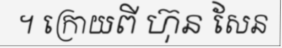
។ ក្រោយពី ហ៊ុន សែន